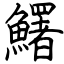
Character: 鱰